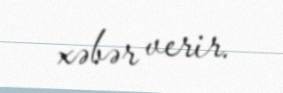
xəbər verir.